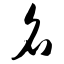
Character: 名